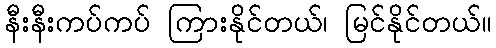
နီးနီးကပ်ကပ် ကြားနိုင်တယ်၊ မြင်နိုင်တယ်။